Indian journal of veterinary science and animal husbandry - Volume 9,
Year: 1939
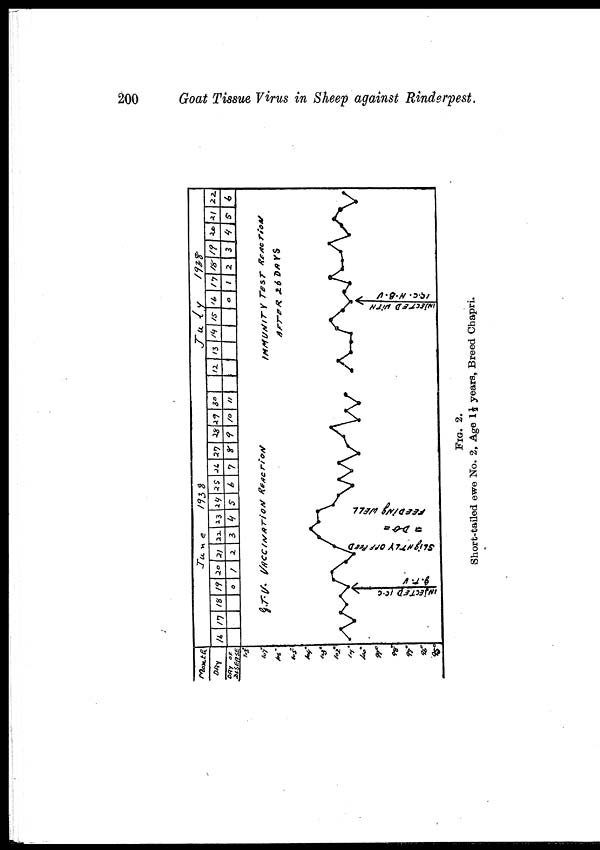
200
Goat Tissue Virus in Sheep against Rinderpest.
FIG. 2.
Short-tailed ewe No. 2, Age 1½ years, Breed Chapri.